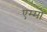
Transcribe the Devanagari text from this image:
एम्मो